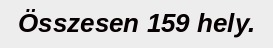
Összesen 159 hely.